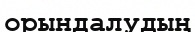
орындалудың